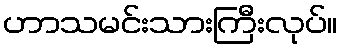
ဟာသမင်းသားကြီးလုပ်။